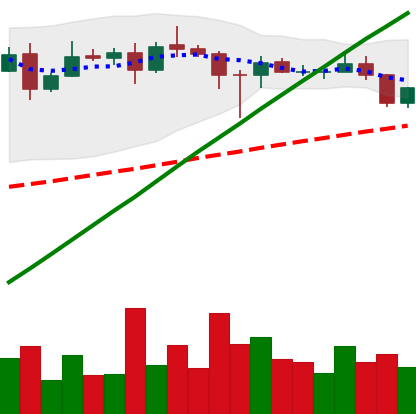
Ticker: ADA-USD
Chart end date: 2020-08-20
Forward return: -15.227%
Label: down_7plus